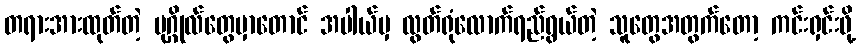
တရားအားထုတ်တဲ့ ပုဂ္ဂိုလ်တွေမှာတောင် အပါယ်မှ လွတ်ရုံလောက်ရည်ရွယ်တဲ့ သူတွေအတွက်တော့ ကင်းရှင်းဖို့